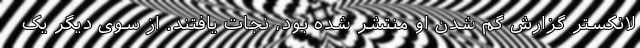
لانکستر گزارش گم شدن او منتشر شده بود، نجات یافتند. از سوی دیگر یک